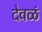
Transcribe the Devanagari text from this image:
देवळं